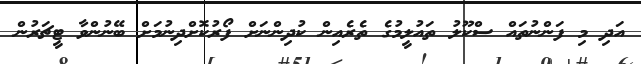
އަދި މި ފަންނުތައް ސްކޫލު ތައުލީމުގެ ތެރެއިން ކުދިންނަށް ފޯރުކޮށްދިނުމަށް ބޭނުންވާ ޓީޗަރުން